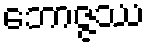
ဘောဇ္ဇဿ